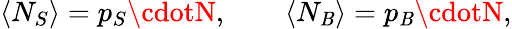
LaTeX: \left<N_{S}\right>=p_{S}\cdotN,\qquad\left<N_{\mathit{B}}\right>=p_{\mathit{B}}\cdotN,